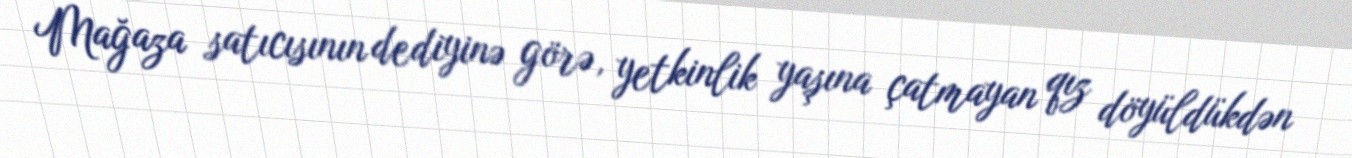
Mağaza satıcısının dediyinə görə, yetkinlik yaşına çatmayan qız döyüldükdən